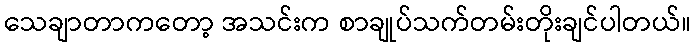
သေချာတာကတော့ အသင်းက စာချုပ်သက်တမ်းတိုးချင်ပါတယ်။